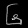
Digit: ၆